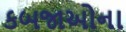
કબજાઓના